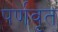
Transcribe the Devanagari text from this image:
पर्णवृत